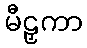
မီဠှကာ